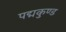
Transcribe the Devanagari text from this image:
पद्मकुण्ड